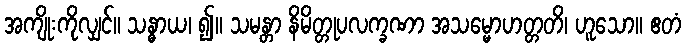
အကျိုးကိုလျှင်။ သန္ဓာယ၊ ၍။ သမန္တာ နိမိတ္တုပလက္ခဏာ အသမ္မောဟတ္တတိ၊ ဟူသော။ ဧတံ